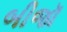
બીજૉ